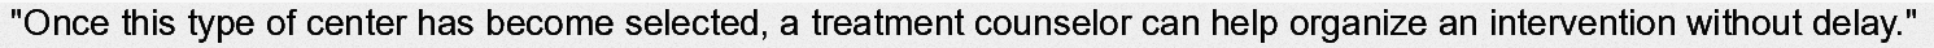
"Once this type of center has become selected, a treatment counselor can help organize an intervention without delay."